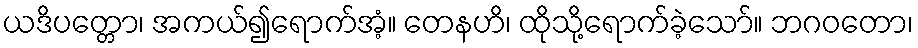
ယဒိပတ္တော၊ အကယ်၍ရောက်အံ့။ တေနဟိ၊ ထိုသို့ရောက်ခဲ့သော်။ ဘဂဝတော၊